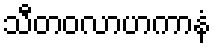
သီတဝလာဟကာနံ